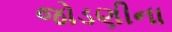
જોડણીના